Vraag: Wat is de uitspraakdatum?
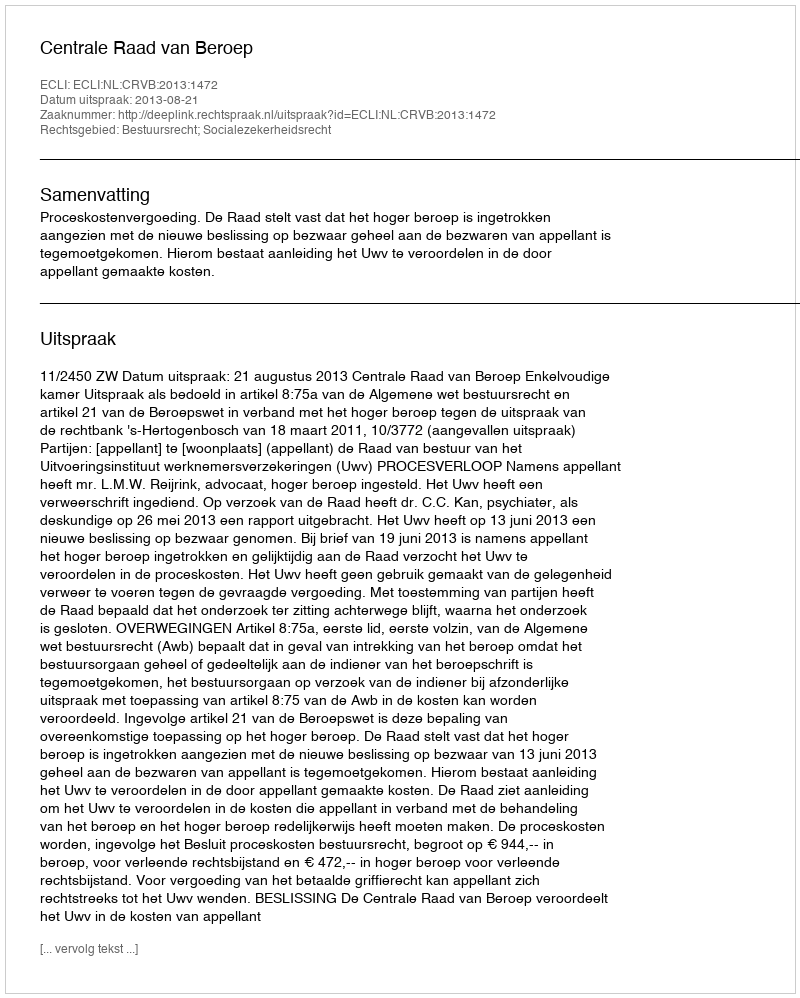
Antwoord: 2013-08-21